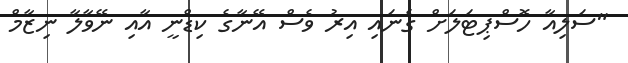
"ސަލިއާ ހޮސްޕިޓަލަށް ގެނައި އިރު ވެސް އޭނާގެ ކިޑްނީ އާއި ނޭވާލާ ނިޒާމް